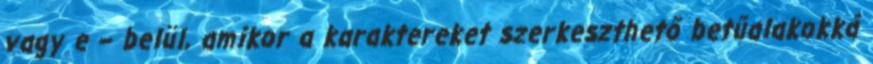
vagy e – belül, amikor a karaktereket szerkeszthető betűalakokká